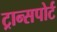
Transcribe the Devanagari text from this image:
ट्रान्‍सपोर्ट